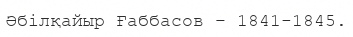
Әбілқайыр Ғаббасов – 1841-1845.